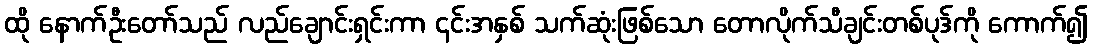
ထို နောက်ဦးတော်သည် လည်ချောင်းရှင်းကာ ၎င်းအနှစ် သက်ဆုံးဖြစ်သော တောလိုက်သီချင်းတစ်ပုဒ်ကို ကောက်၍